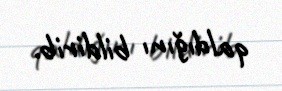
qaldığını bildirib.